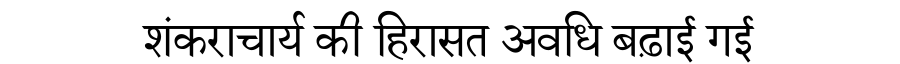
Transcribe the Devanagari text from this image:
शंकराचार्य की हिरासत अवधि बढ़ाई गई